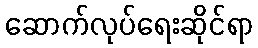
ဆောက်လုပ်ရေးဆိုင်ရာ